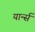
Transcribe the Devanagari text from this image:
यार्न्स